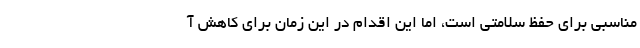
مناسبی برای حفظ سلامتی است، اما این اقدام در این زمان برای کاهش آ